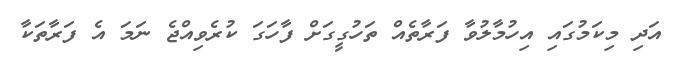
އަދި މިކަމުގައި އިހުމާލުވާ ފަރާތެއް ތަހުގީގަށް ފާހަގަ ކުރެވިއްޖެ ނަމަ އެ ފަރާތަކާ